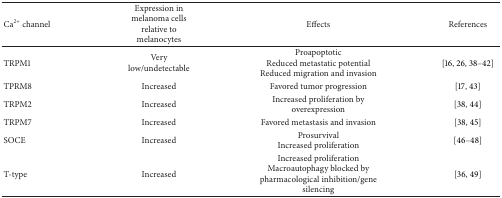
<table><thead><tr><td><b>Ca<sup>2+</sup> channel</b></td><td><b>Expression in melanoma cells relative to melanocytes</b></td><td><b>Effects</b></td><td><b>References</b></td></tr></thead><tbody><tr><td>TRPM1 </td><td>Very low/undetectable</td><td>Proapoptotic Reduced metastatic potential Reduced migration and invasion</td><td>[16, 26, 38–42]</td></tr><tr><td>TPRM8 </td><td>Increased</td><td>Favored tumor progression</td><td>[17, 43]</td></tr><tr><td>TRPM2</td><td>Increased</td><td>Increased proliferation by overexpression</td><td>[38, 44]</td></tr><tr><td>TRPM7</td><td>Increased</td><td>Favored metastasis and invasion</td><td>[38, 45]</td></tr><tr><td>SOCE</td><td>Increased </td><td>Prosurvival Increased proliferation</td><td>[46–48]</td></tr><tr><td>T-type</td><td>Increased</td><td>Increased proliferation Macroautophagy blocked by pharmacological inhibition/gene silencing</td><td>[36, 49]</td></tr></tbody></table>